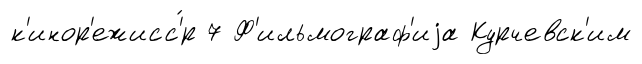
к'инор'ежисс'́р 7 Ф'ильмограф'иjа Курчевск'им